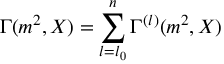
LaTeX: \Gamma ( m ^ { 2 } , X ) = \sum _ { l = l _ { 0 } } ^ { n } \Gamma ^ { ( l ) } ( m ^ { 2 } , X )